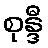
စုန္ဒီ